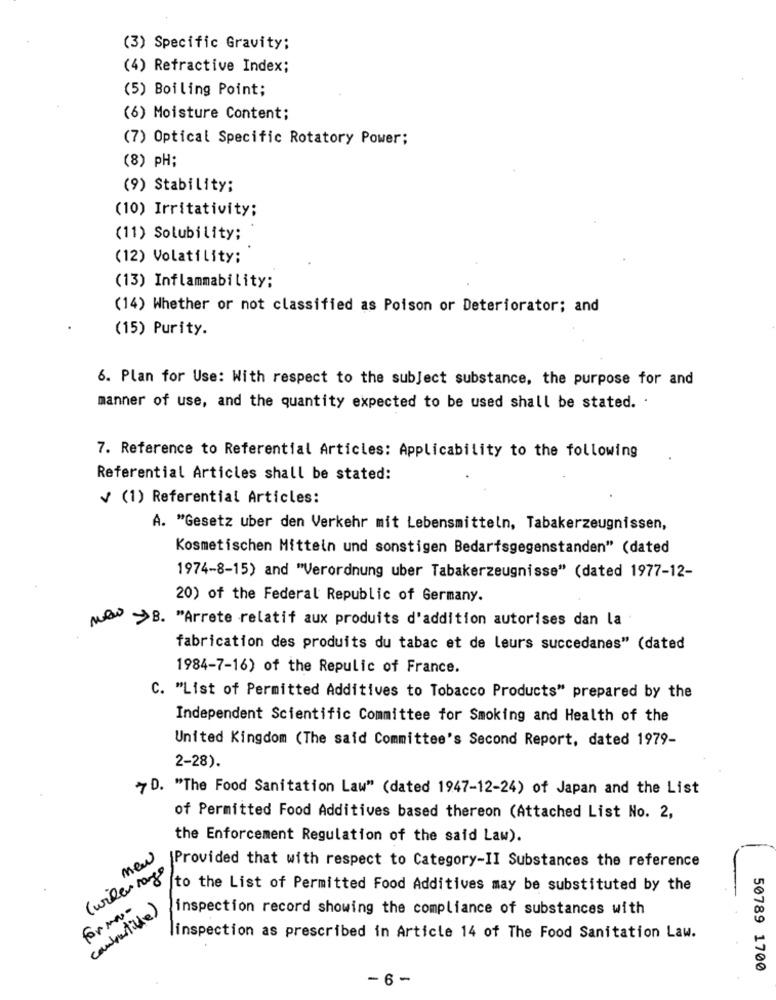
(3) Specific Gravity:
(4) Refractive Index;
(5) Boiling Point;
(6) Moisture Content;
(7) Optical Specific Rotatory Power;
(8) PH;
(9) Stability;
(10) Irritativity;
(11) Solubility;
(12) Volatility:
(13) Inflammability;
(14) Whether or not classified as Poison or Deteriorator; and
(15) Purity.
6. Plan for Use: With respect to the subject substance, the purpose for and
manner of use, and the quantity expected to be used shall be stated. .
7. Reference to Referential Articles: Applicability to the following
Referential Articles shall be stated:
V (1) Referential Articles:
A. "Gesetz uber den Verkehr mit Lebensmitteln, Tabakerzeugnissen,
Kosmetischen Mitteln und sonstigen Bedarfsgegenstanden" (dated
1974-8-15) and "Verordnung uber Tabakerzeugnisse" (dated 1977-12-
20) of the Federal Republic of Germany.
new >B. "Arrete relatif aux produits d'addition autorises dan la
fabrication des produits du tabac et de leurs succedanes" (dated
1984-7-16) of the Repulic of France.
C. "List of Permitted Additives to Tobacco Products" prepared by the
Independent Scientific Committee for Smoking and Health of the
United Kingdom (The said Committee's Second Report, dated 1979-
2-28).
7D. "The Food Sanitation Law" (dated 1947-12-24) of Japan and the List
of Permitted Food Additives based thereon (Attached List No. 2,
the Enforcement Regulation of the said Law).
new
Provided that with respect to Category-II Substances the reference
to the List of Permitted Food Additives may be substituted by the
forma-
combustible)
inspection record showing the compliance of substances with
inspection as prescribed in Article 14 of The Food Sanitation Law.
50789 1700
- 6-